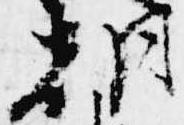
朝